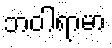
ဘဝါရာမာ